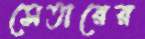
সেতারের